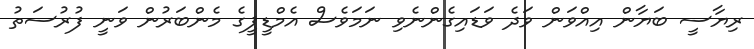
ރިޔާސީ ބަޔާން އިއްވަން ވަދެ ވަޑައިގެންނެވި ނަމަވެސް އެމްޑީޕީގެ މެންބަރުން ވަނީ ފުރުސަތު